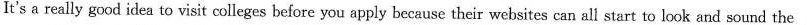
It's a really good idea to visit colleges before you apply because their websites can all start to look and sound the